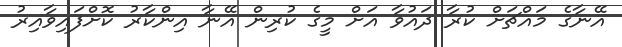
އޭނާގެ މައްޗަށް ކުރާ ދައުވާ އަށް މީގެ ކުރިން އޭނާ އިންކާރު ކޮށްފައިވާއިރު